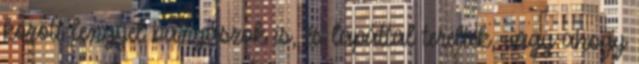
között lengyel bányászok is, és lapáttal terelték, vagy ahogy